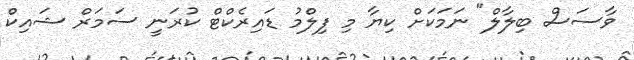
ވާސަސް ބިލާލް" ނަމަކަށް ކިޔާ މި ފިލްމު ޑައިރެކްޓް ކުރަނީ ސަމަރް ޝައިކް